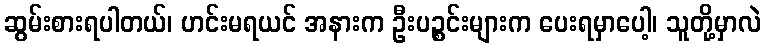
ဆွမ်းစားရပါတယ်၊ ဟင်းမရယင် အနားက ဦးပဉ္စင်းများက ပေးရမှာပေါ့၊ သူတို့မှာလဲ